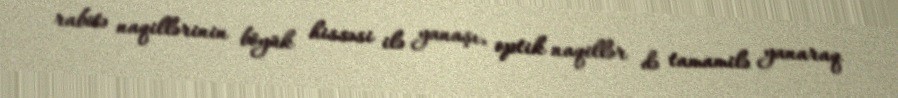
rabitə naqillərinin böyük hissəsi ilə yanaşı, optik naqillər də tamamilə yanaraq